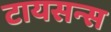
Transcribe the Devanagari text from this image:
टायसन्स